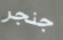
جنجر